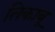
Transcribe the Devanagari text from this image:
तिकाबू